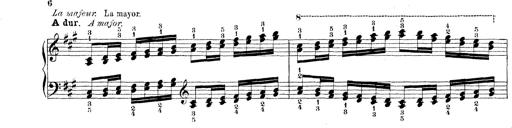
Title: Technische Studien
Composer: Franz Liszt